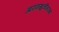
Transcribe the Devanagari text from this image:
आरामखुर्चीसारखा